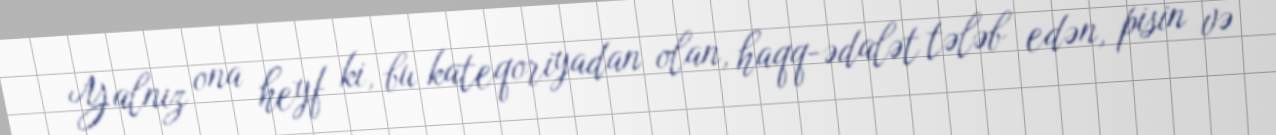
Yalnız ona heyf ki, bu kateqoriyadan olan, haqq-ədalət tələb edən, pisin və